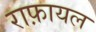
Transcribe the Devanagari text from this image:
राफ़ायल